Medical and sanitary report of the native army of Madras for the year
Year: 1878
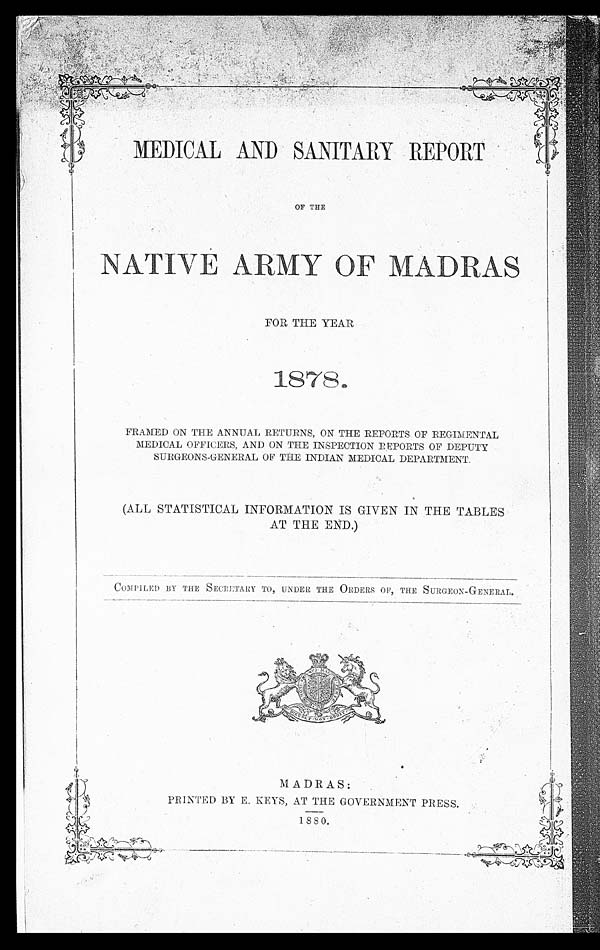
MEDICAL AND SANITARY REPORT
OF THE
NATIVE ARMY OF MADRAS
FOR THE YEAR
1878.
FRAMED ON THE ANNUAL RETURNS, ON THE REPORTS OF REGIMENTAL
MEDICAL OFFICERS, AND ON THE INSPECTION REPORTS OF DEPUTY
SURGEONS-GENERAL OF THE INDIAN MEDICAL DEPARTMENT.
(ALL STATISTICAL INFORMATION IS GIVEN IN THE TABLES
AT THE END.)
COMPILED BY THE SECRETARY TO, UNDER THE ORDERS OF, THE SURGEON-GENERAL.
MADRAS:
PRINTED BY E. KEYS, AT THE GOVERNMENT PRESS.
1880.